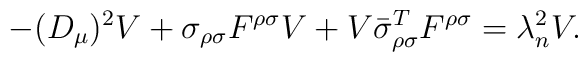
- (D_\mu)^2 V        + \sigma_{\rho\sigma} F^{\rho\sigma} V        + V \bar{\sigma}_{\rho\sigma}^{T}                 F^{\rho\sigma}        = \lambda_{n}^{2} V .